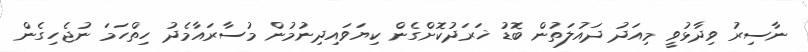
ނާސިރު ވިދާޅުވީ މިއަދު ދައުލަތުން ބޮޑު ޚަރަދުކޮށްގެން ކިޔަވައިދިނުމުން މުސާރައާމެދު ހިތްހަމަ ނުޖެހިގެން